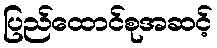
ပြည်ထောင်စုအဆင့်